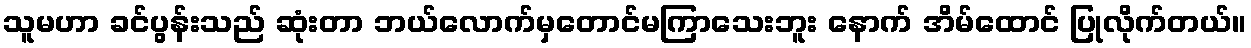
သူမဟာ ခင်ပွန်းသည် ဆုံးတာ ဘယ်လောက်မှတောင်မကြာသေးဘူး နောက် အိမ်ထောင် ပြုလိုက်တယ်။